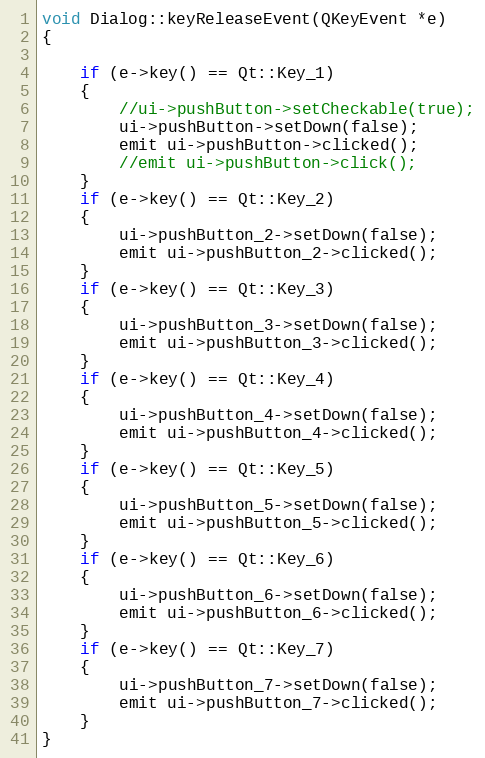
Language: C++
void Dialog::keyReleaseEvent(QKeyEvent *e)
{

    if (e->key() == Qt::Key_1)
    {
        //ui->pushButton->setCheckable(true);
        ui->pushButton->setDown(false);
        emit ui->pushButton->clicked();
        //emit ui->pushButton->click();
    }
    if (e->key() == Qt::Key_2)
    {
        ui->pushButton_2->setDown(false);
        emit ui->pushButton_2->clicked();
    }
    if (e->key() == Qt::Key_3)
    {
        ui->pushButton_3->setDown(false);
        emit ui->pushButton_3->clicked();
    }
    if (e->key() == Qt::Key_4)
    {
        ui->pushButton_4->setDown(false);
        emit ui->pushButton_4->clicked();
    }
    if (e->key() == Qt::Key_5)
    {
        ui->pushButton_5->setDown(false);
        emit ui->pushButton_5->clicked();
    }
    if (e->key() == Qt::Key_6)
    {
        ui->pushButton_6->setDown(false);
        emit ui->pushButton_6->clicked();
    }
    if (e->key() == Qt::Key_7)
    {
        ui->pushButton_7->setDown(false);
        emit ui->pushButton_7->clicked();
    }
}